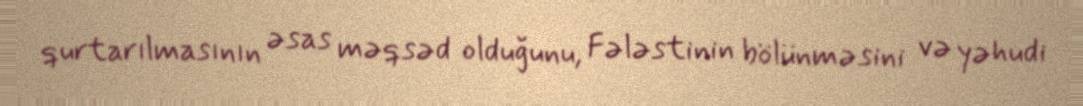
qurtarılmasının əsas məqsəd olduğunu, Fələstinin bölünməsini və yəhudi